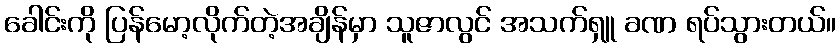
ခေါင်းကို ပြန်မော့လိုက်တဲ့အချိန်မှာ သူဇာလွင် အသက်ရှူ ခဏ ရပ်သွားတယ်။